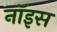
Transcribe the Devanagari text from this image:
नॉइस